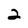
Character: 2